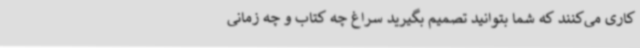
کاری می‌کنند که شما بتوانید تصمیم بگیرید سراغ چه کتاب و چه زمانی